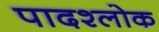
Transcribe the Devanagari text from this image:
पादश्लोक